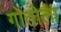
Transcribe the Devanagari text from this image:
गोतोला